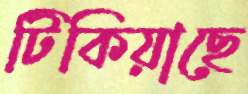
টিকিয়াছে